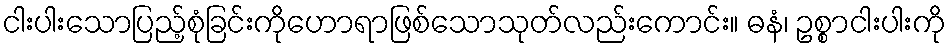
ငါးပါးသောပြည့်စုံခြင်းကိုဟောရာဖြစ်သောသုတ်လည်းကောင်း။ ဓနံ၊ ဥစ္စာငါးပါးကို